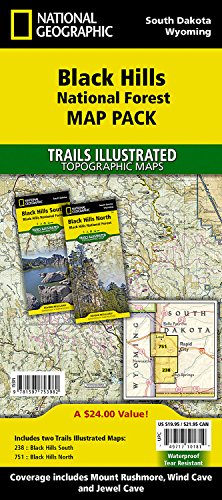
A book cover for Black Hills National Forest [Map Pack Bundle] (National Geographic Trails Illustrated Map); National Geographic Maps - Trails Illustrated; Travel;